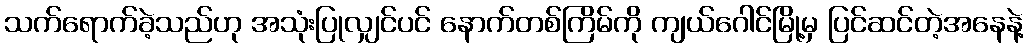
သက်ရောက်ခဲ့သည်ဟု အသုံးပြုလျှင်ပင် နောက်တစ်ကြိမ်ကို ကျယ်ဂေါင်မြို့မှ ပြင်ဆင်တဲ့အနေနဲ့